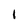
Character: I